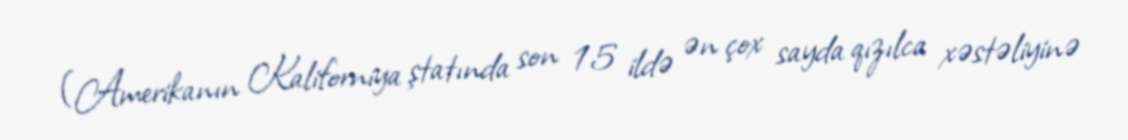
(Amerikanın Kaliforniya ştatında son 15 ildə ən çox sayda qızılca xəstəliyinə